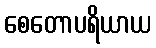
စေတောပရိယာယ